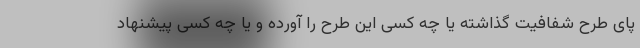
پای طرح شفافیت گذاشته یا چه کسی این طرح را آورده و یا چه کسی پیشنهاد